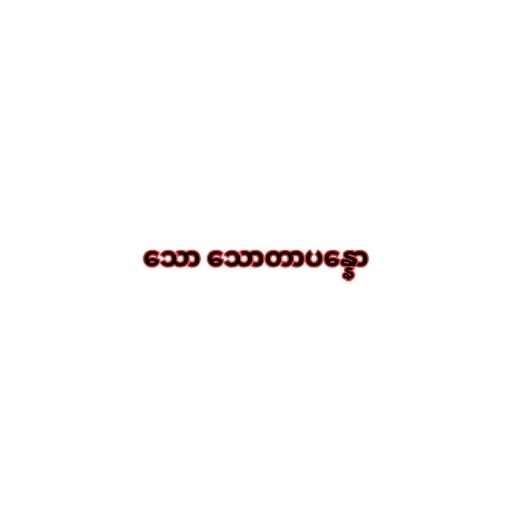
သော သောတာပန္နော